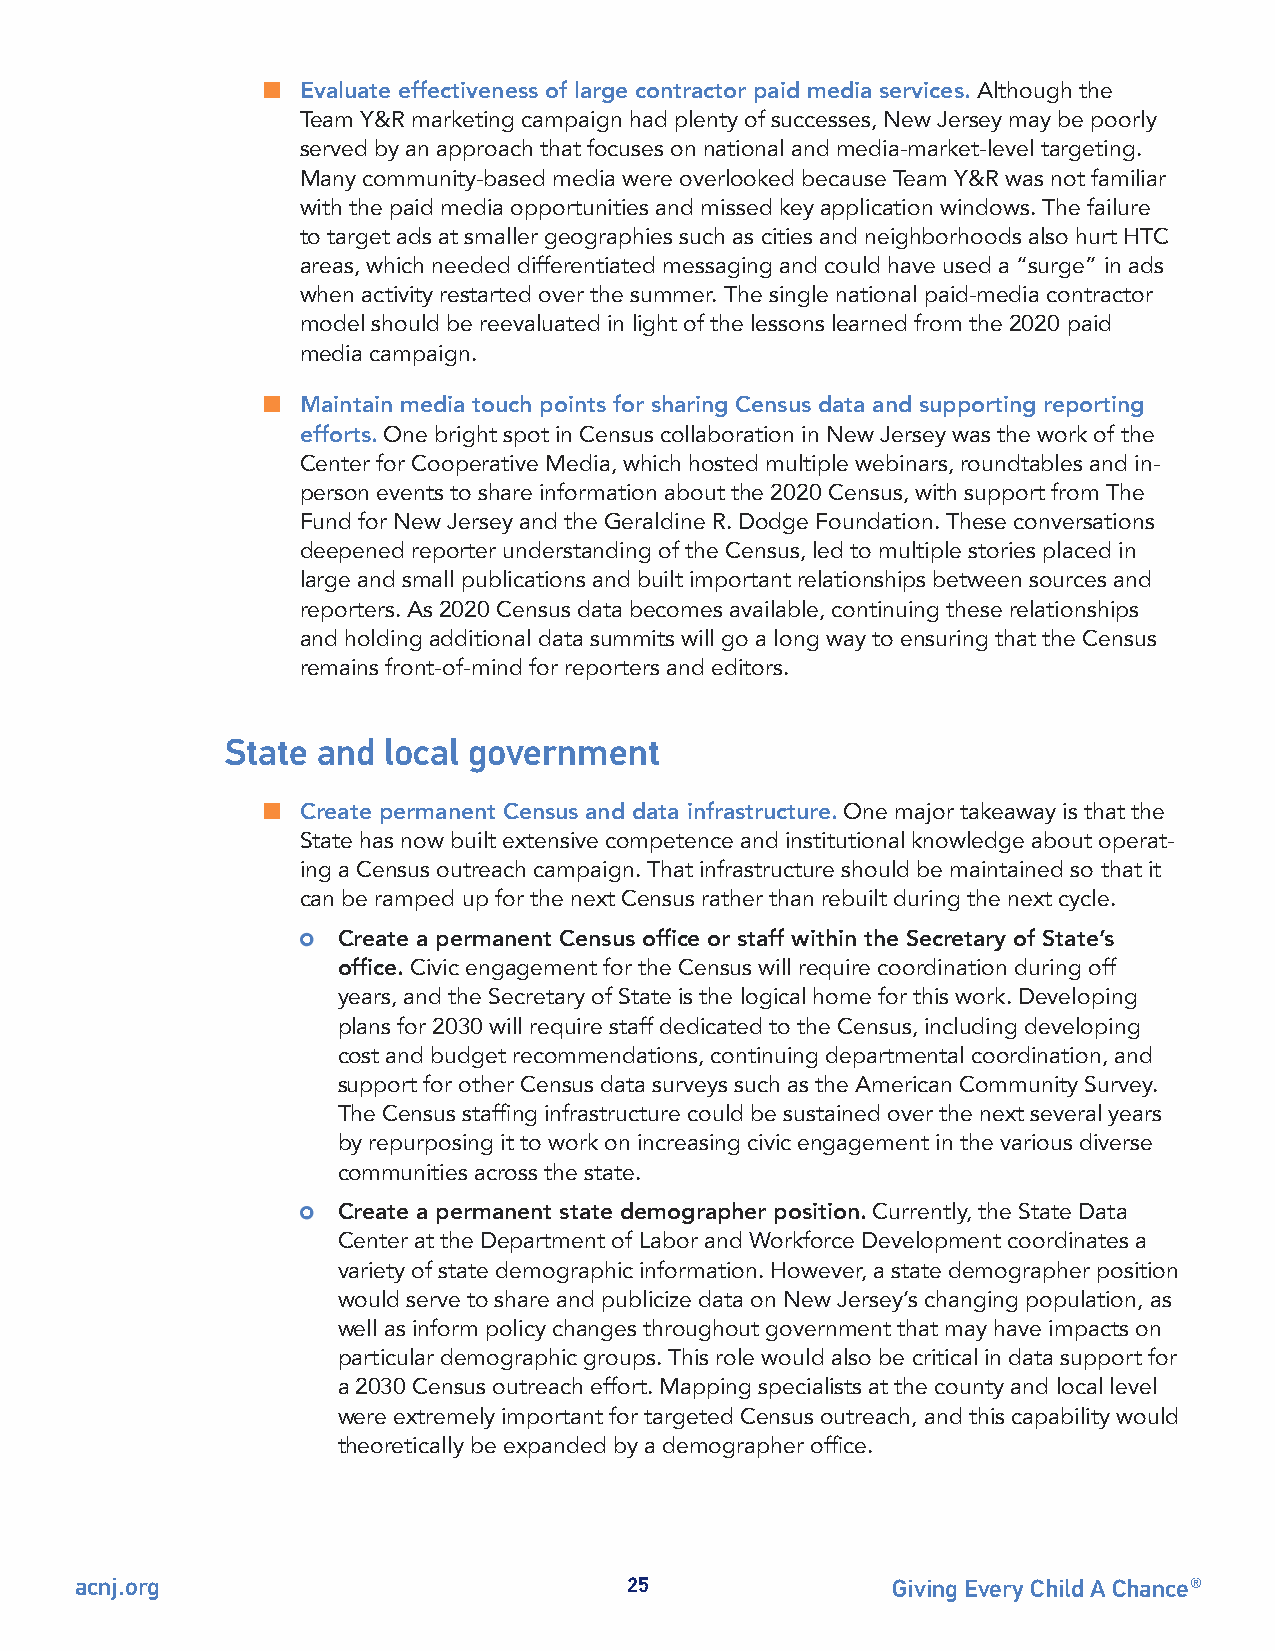
n  Evaluate effectiveness of large contractor paid media services. Although the
 Team Y&R marketing campaign had plenty of successes, New Jersey may be poorly
 served by an approach that focuses on national and media-market-level targeting.
 Many community-based media were overlooked because Team Y&R was not familiar
 with the paid media opportunities and missed key application windows. The failure
 to target ads at smaller geographies such as cities and neighborhoods also hurt HTC
 areas, which needed differentiated messaging and could have used a “surge” in ads
 when activity restarted over the summer. The single national paid-media contractor
 model should be reevaluated in light of the lessons learned from the 2020 paid
 media campaign.
 n  Maintain media touch points for sharing Census data and supporting reporting
 efforts. One bright spot in Census collaboration in New Jersey was the work of the
 Center for Cooperative Media, which hosted multiple webinars, roundtables and in-
 person events to share information about the 2020 Census, with support from The
 Fund for New Jersey and the Geraldine R. Dodge Foundation. These conversations
 deepened reporter understanding of the Census, led to multiple stories placed in
 large and small publications and built important relationships between sources and
 reporters. As 2020 Census data becomes available, continuing these relationships
 and holding additional data summits will go a long way to ensuring that the Census
 remains front-of-mind for reporters and editors.
 State and local government
 n  Create permanent Census and data infrastructure. One major takeaway is that the
 State has now built extensive competence and institutional knowledge about operat-
 ing a Census outreach campaign. That infrastructure should be maintained so that it
 can be ramped up for the next Census rather than rebuilt during the next cycle.
 Create a permanent Census office or staff within the Secretary of State’s
 office. Civic engagement for the Census will require coordination during off
 years, and the Secretary of State is the logical home for this work. Developing
 plans for 2030 will require staff dedicated to the Census, including developing
 cost and budget recommendations, continuing departmental coordination, and
 support for other Census data surveys such as the American Community Survey.
 The Census staffing infrastructure could be sustained over the next several years
 by repurposing it to work on increasing civic engagement in the various diverse
 communities across the state.
 Create a permanent state demographer position. Currently, the State Data
 Center at the Department of Labor and Workforce Development coordinates a
 variety of state demographic information. However, a state demographer position
 would serve to share and publicize data on New Jersey’s changing population, as
 well as inform policy changes throughout government that may have impacts on
 particular demographic groups. This role would also be critical in data support for
 a 2030 Census outreach effort. Mapping specialists at the county and local level
 were extremely important for targeted Census outreach, and this capability would
 theoretically be expanded by a demographer office.
 acnj.org                            25                Giving Every Child A Chance®